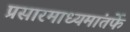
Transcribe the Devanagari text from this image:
प्रसारमाध्यमांतर्फे